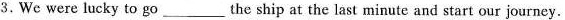
3. We were lucky to go ___ the ship at the last minute and start our journey.